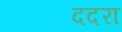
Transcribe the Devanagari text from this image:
ददरा